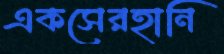
একসেরহানি